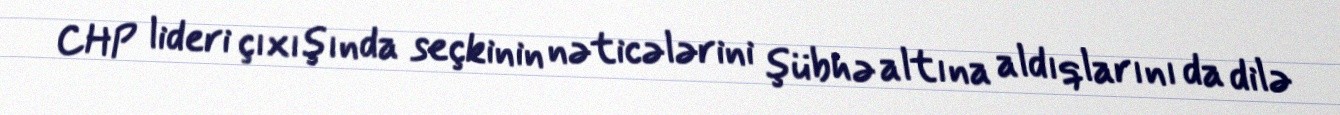
CHP lideri çıxışında seçkinin nəticələrini şübhə altına aldıqlarını da dilə